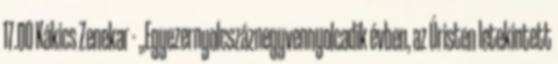
17.00 Kákics Zenekar - „Egyezernyolcszáznegyvennyolcadik évben, az Úristen letekintett